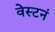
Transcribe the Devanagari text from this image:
वेस्टनं